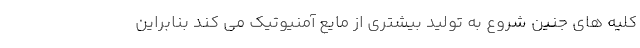
کلیه های جنین شروع به تولید بیشتری از مایع آمنیوتیک می کند بنابراین